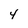
Character: 4